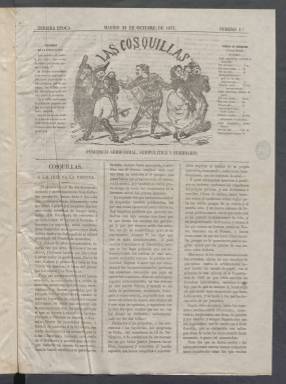
Título: Las Cosquillas (Madrid)
Colección: Periódicos
Ámbito geográfico: Madrid
Lugar de publicación: Madrid
Fechas: 21/10/1871-25/11/1871